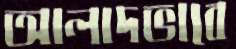
আলাদভাবে